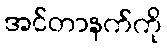
အင်တာနက်ကို